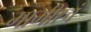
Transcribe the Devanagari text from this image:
मामीरचं